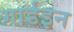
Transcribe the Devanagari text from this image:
गार्डइन